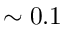
\sim 0 . 1